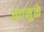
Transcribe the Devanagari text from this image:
त्यामुुळे